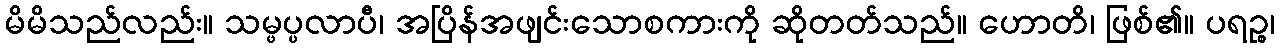
မိမိသည်လည်း။ သမ္ဖပ္ပလာပီ၊ အပြိန်အဖျင်းသောစကားကို ဆိုတတ်သည်။ ဟောတိ၊ ဖြစ်၏။ ပရဉ္စ၊